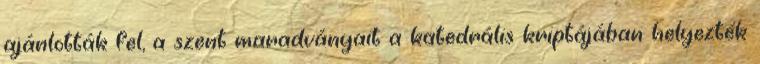
ajánlották fel, a szent maradványait a katedrális kriptájában helyezték